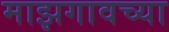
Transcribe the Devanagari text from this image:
माझगावच्या